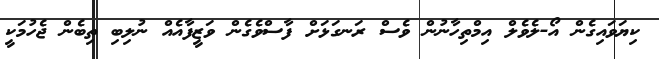
ކިޔަވައިގެން އޯ-ލެވެލް އިމްތިހާނުން ވެސް ރަނގަޅަށް ފާސްވެގެން ވަޒީފާއެއް ނުލިބި ތިބެން ޖެހުމަކީ